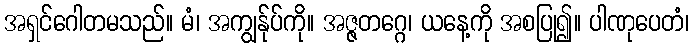
အရှင်ဂေါတမသည်။ မံ၊ အကျွန်ုပ်ကို။ အဇ္ဇတဂ္ဂေ၊ ယနေ့ကို အစပြု၍။ ပါဏုပေတံ၊